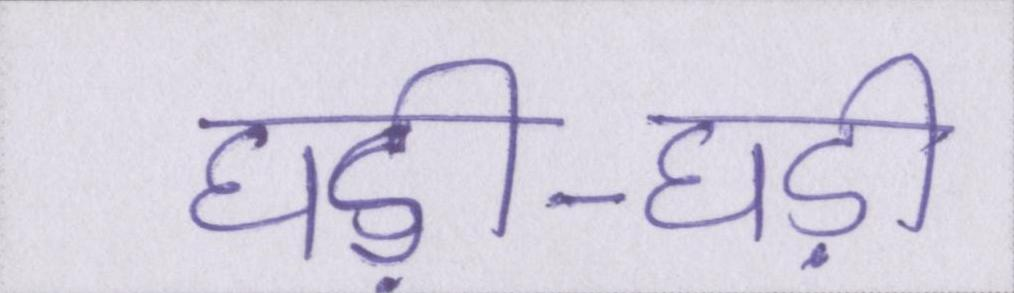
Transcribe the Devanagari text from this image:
घड़ी-घड़ी